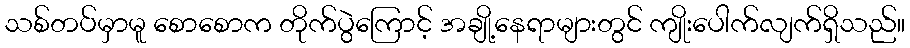
သစ်တပ်မှာမူ စောစောက တိုက်ပွဲကြောင့် အချို့နေရာများတွင် ကျိုးပေါက်လျက်ရှိသည်။